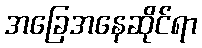
အခြေအနေဆိုင်ရာ